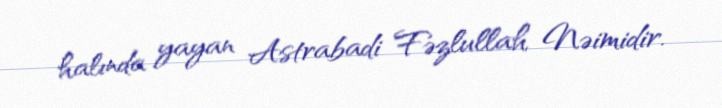
halında yayan Astrabadi Fəzlullah Nəimidir.